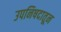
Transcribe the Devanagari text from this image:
उपनिषदातून